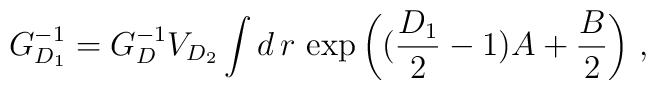
G_{D_1}^{-1} = G_{D}^{-1} V_{D_2} \int d\,r\,	\exp{\left((\frac{D_1}{2}-1)A +\frac{B}{2}\right)}~,